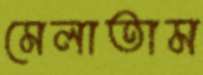
মেলাতাম